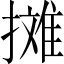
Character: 𱠷